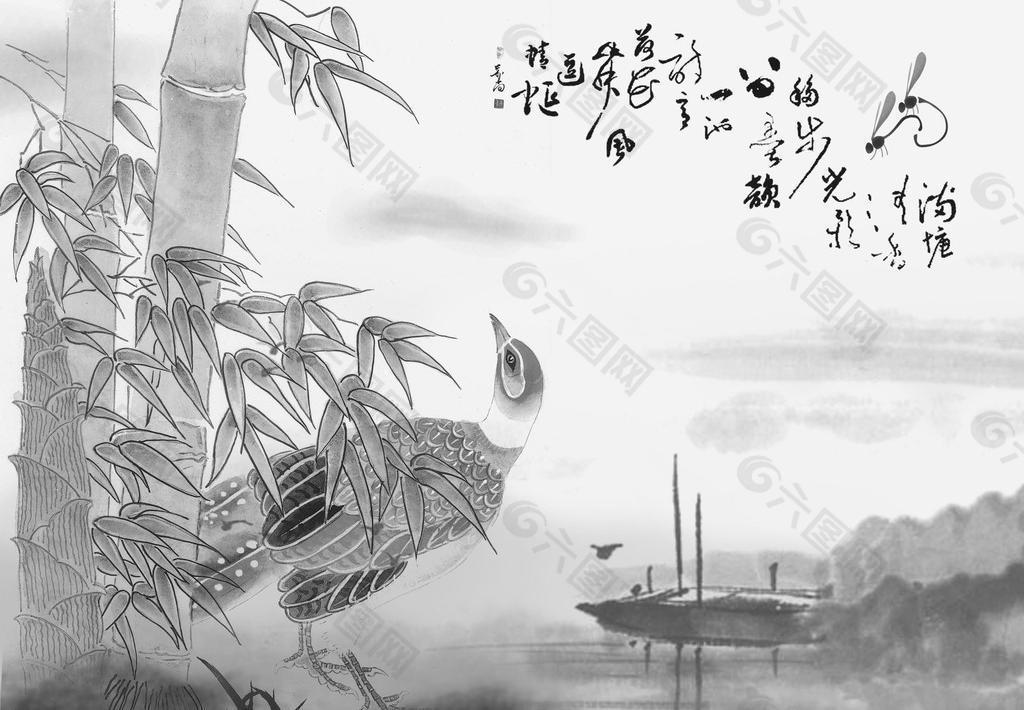
窗前竹叶，凛凛狂风折。